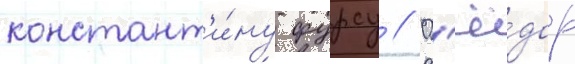
констант'и́ну фурсу // Ф'ё́дор